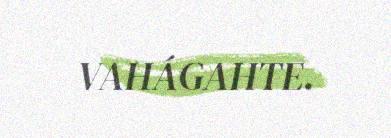
VAHÁGAHTE.